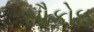
સૌકોઇ